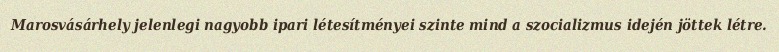
Marosvásárhely jelenlegi nagyobb ipari létesítményei szinte mind a szocializmus idején jöttek létre.